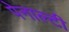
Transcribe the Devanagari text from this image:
पेनाल्‍टी